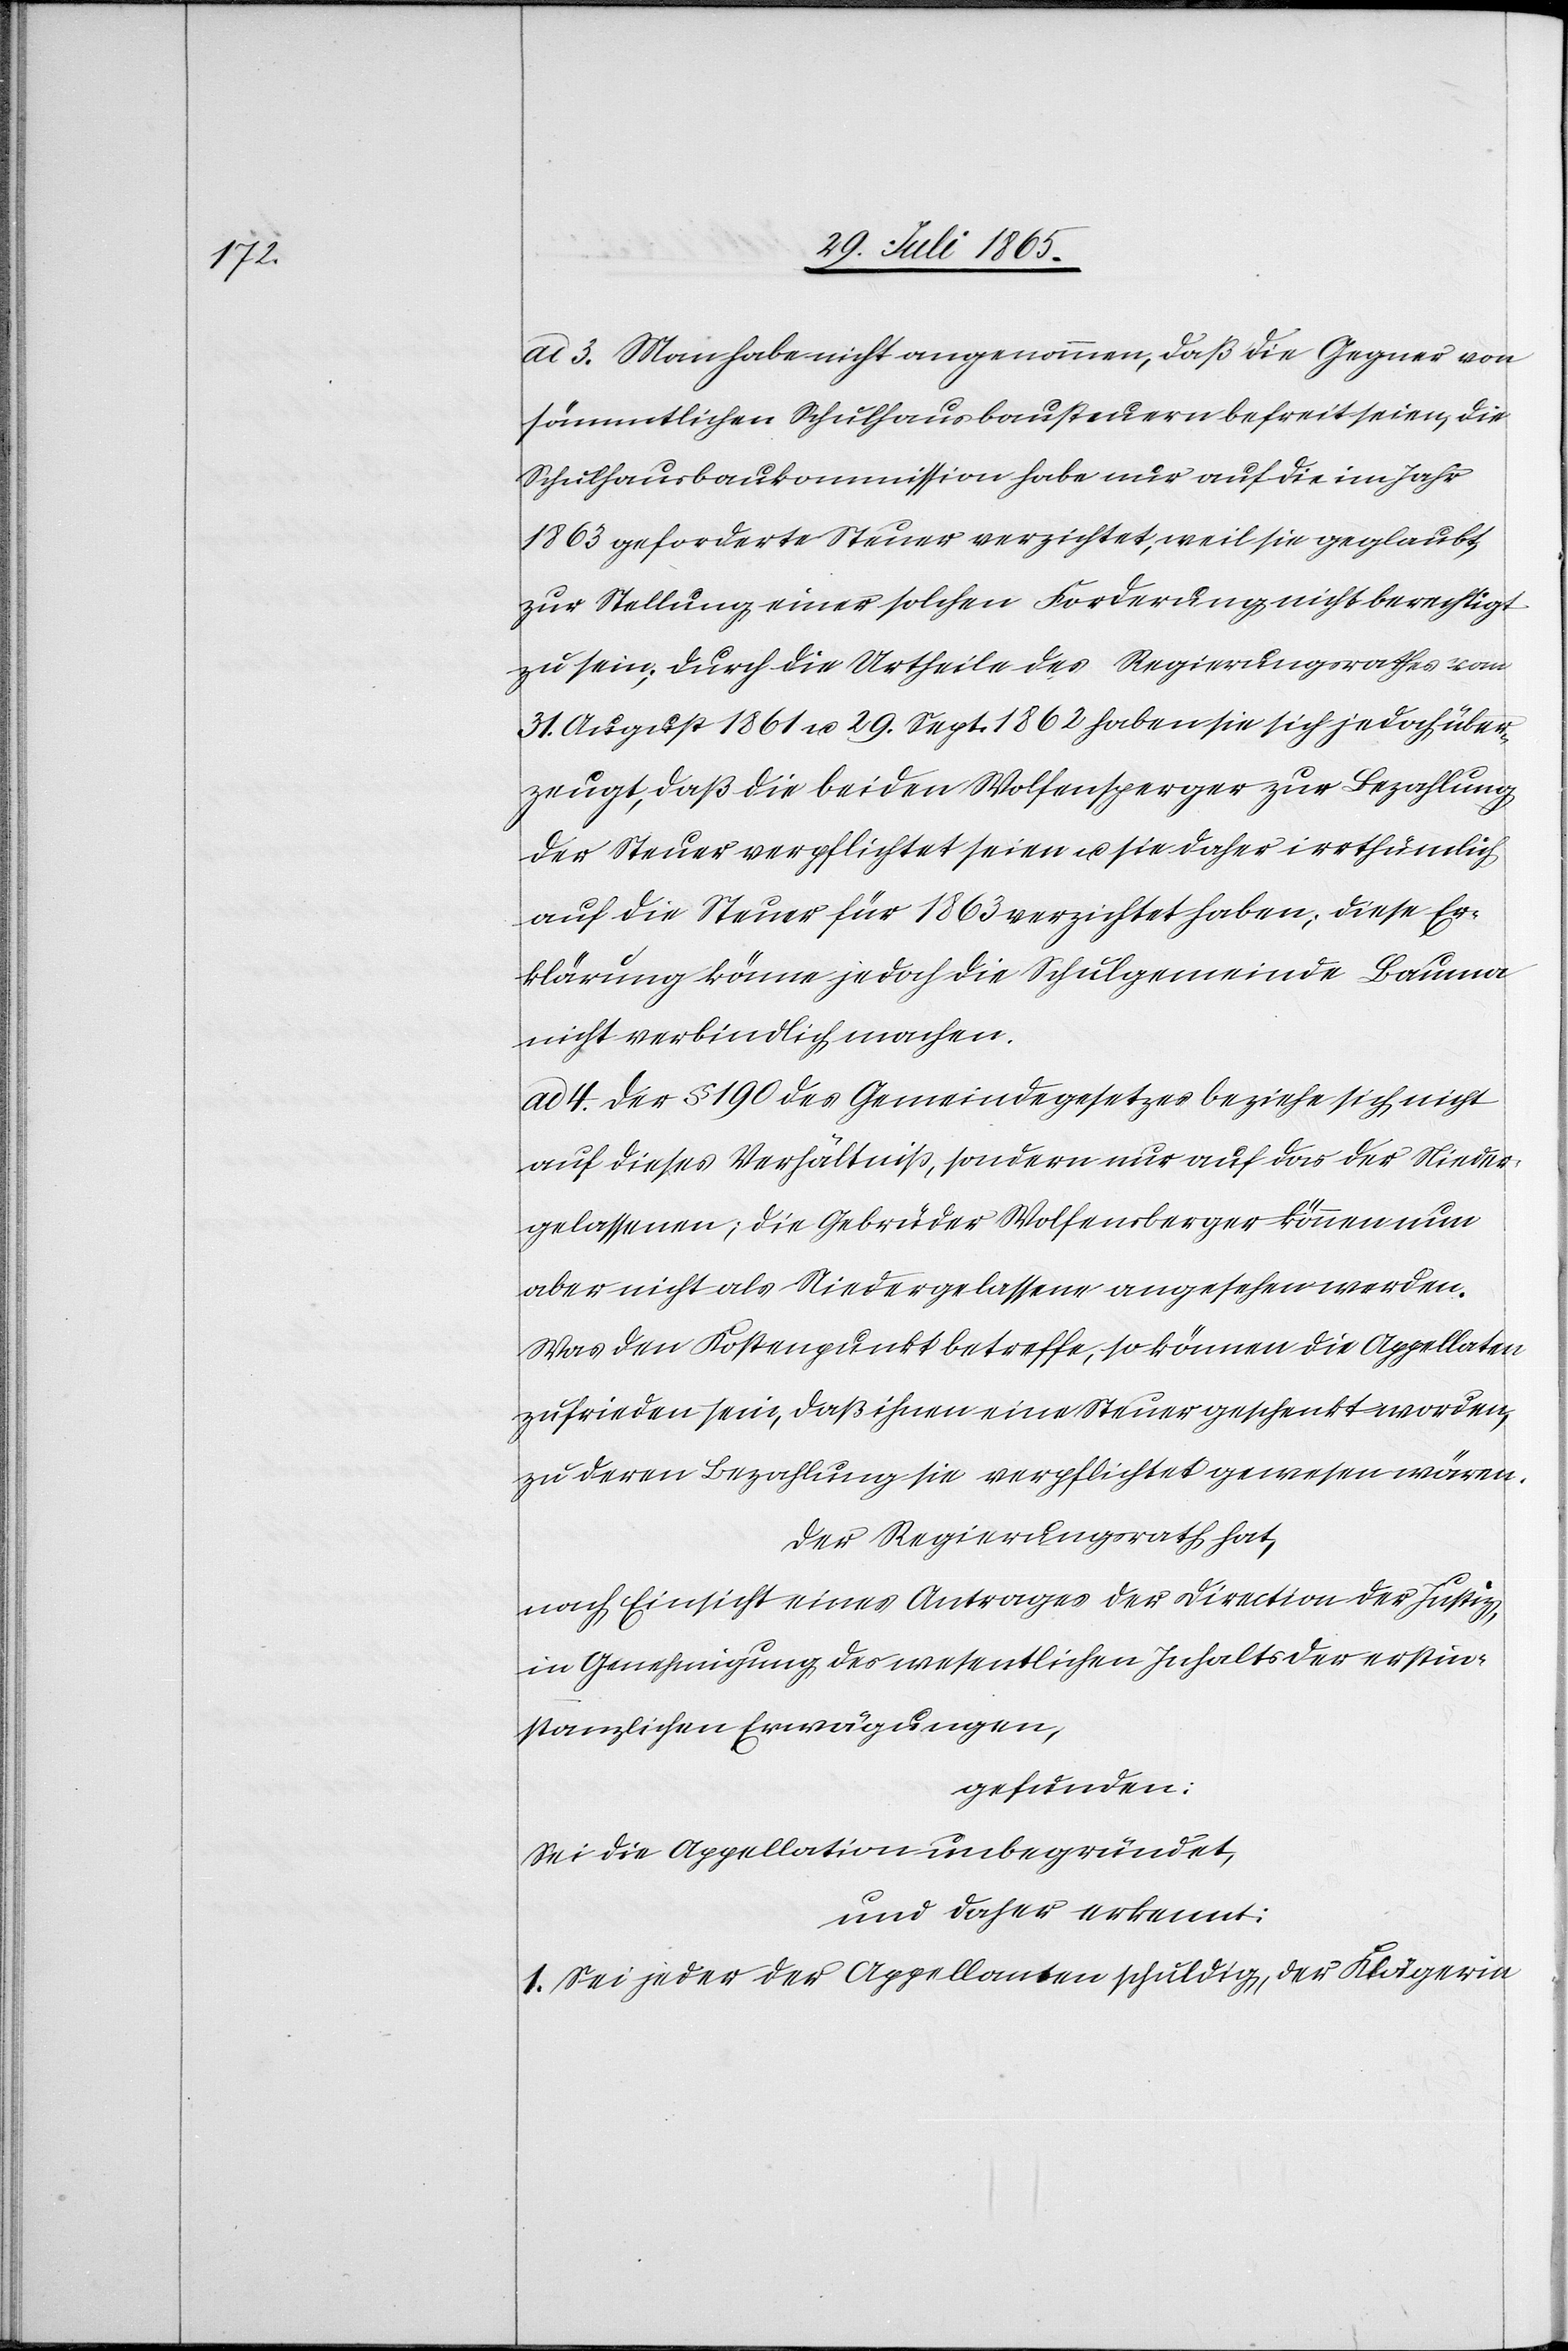
ad 3. Man habe nicht angenommen, daß die Gegner von
sämmtlichen Schulhausbausteuern befreit seien, die
Schulhausbaukommission habe nur auf die im Jahr
1863 geforderte Steuer verzichtet, weil sie geglaubt,
zur Stellung einer solchen Forderung nicht berechtigt
zu sein; durch die Urtheile des Regierungsrathes vom
31. August 1861 u. 29. Sept. 1862 haben sie sich jedoch über¬
zeugt, daß die beiden Wolfensperger [sic!] zur Bezahlung
der Steuer verpflichtet seien u. sie daher irrthümlich
auf die Steuer für 1863 verzichtet haben; diese Er¬
klärung könne jedoch die Schulgemeinde Bauma
nicht verbindlich machen.
ad 4. Der § 190 des Gemeindegesetzes beziehe sich nicht
auf dieses Verhältniß, sondern nur auf das der Nieder¬
gelassenen; die Gebrüder Wolfensberger können nun
aber nicht als Niedergelassene angesehen werden.
Was den Kostenpunkt betreffe, so können die Appellaten
zufrieden sein, daß ihnen eine Steuer geschenkt worden,
zu deren Bezahlung sie verpflichtet gewesen wären.
Der Regierungsrath hat,
nach Einsicht eines Antrages der Direction der Justiz,
in Genehmigung des wesentlichen Inhalts der erstin¬
stanzlichen Erwägungen,
gefunden:
Sei die Appellation unbegründet,
und daher erkennt:
1. Sei jeder der Appellanten schuldig, der Klägerin